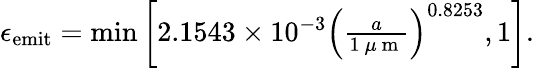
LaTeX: \begin{array}{r}{\epsilon_{\mathrm{emit}}=\operatorname*{min}{\left[2.1543\times 10^{-3}\left(\frac{a}{1~\mu\mathrm{~m~}}\right)^{0.8253},1\right]}.}\end{array}